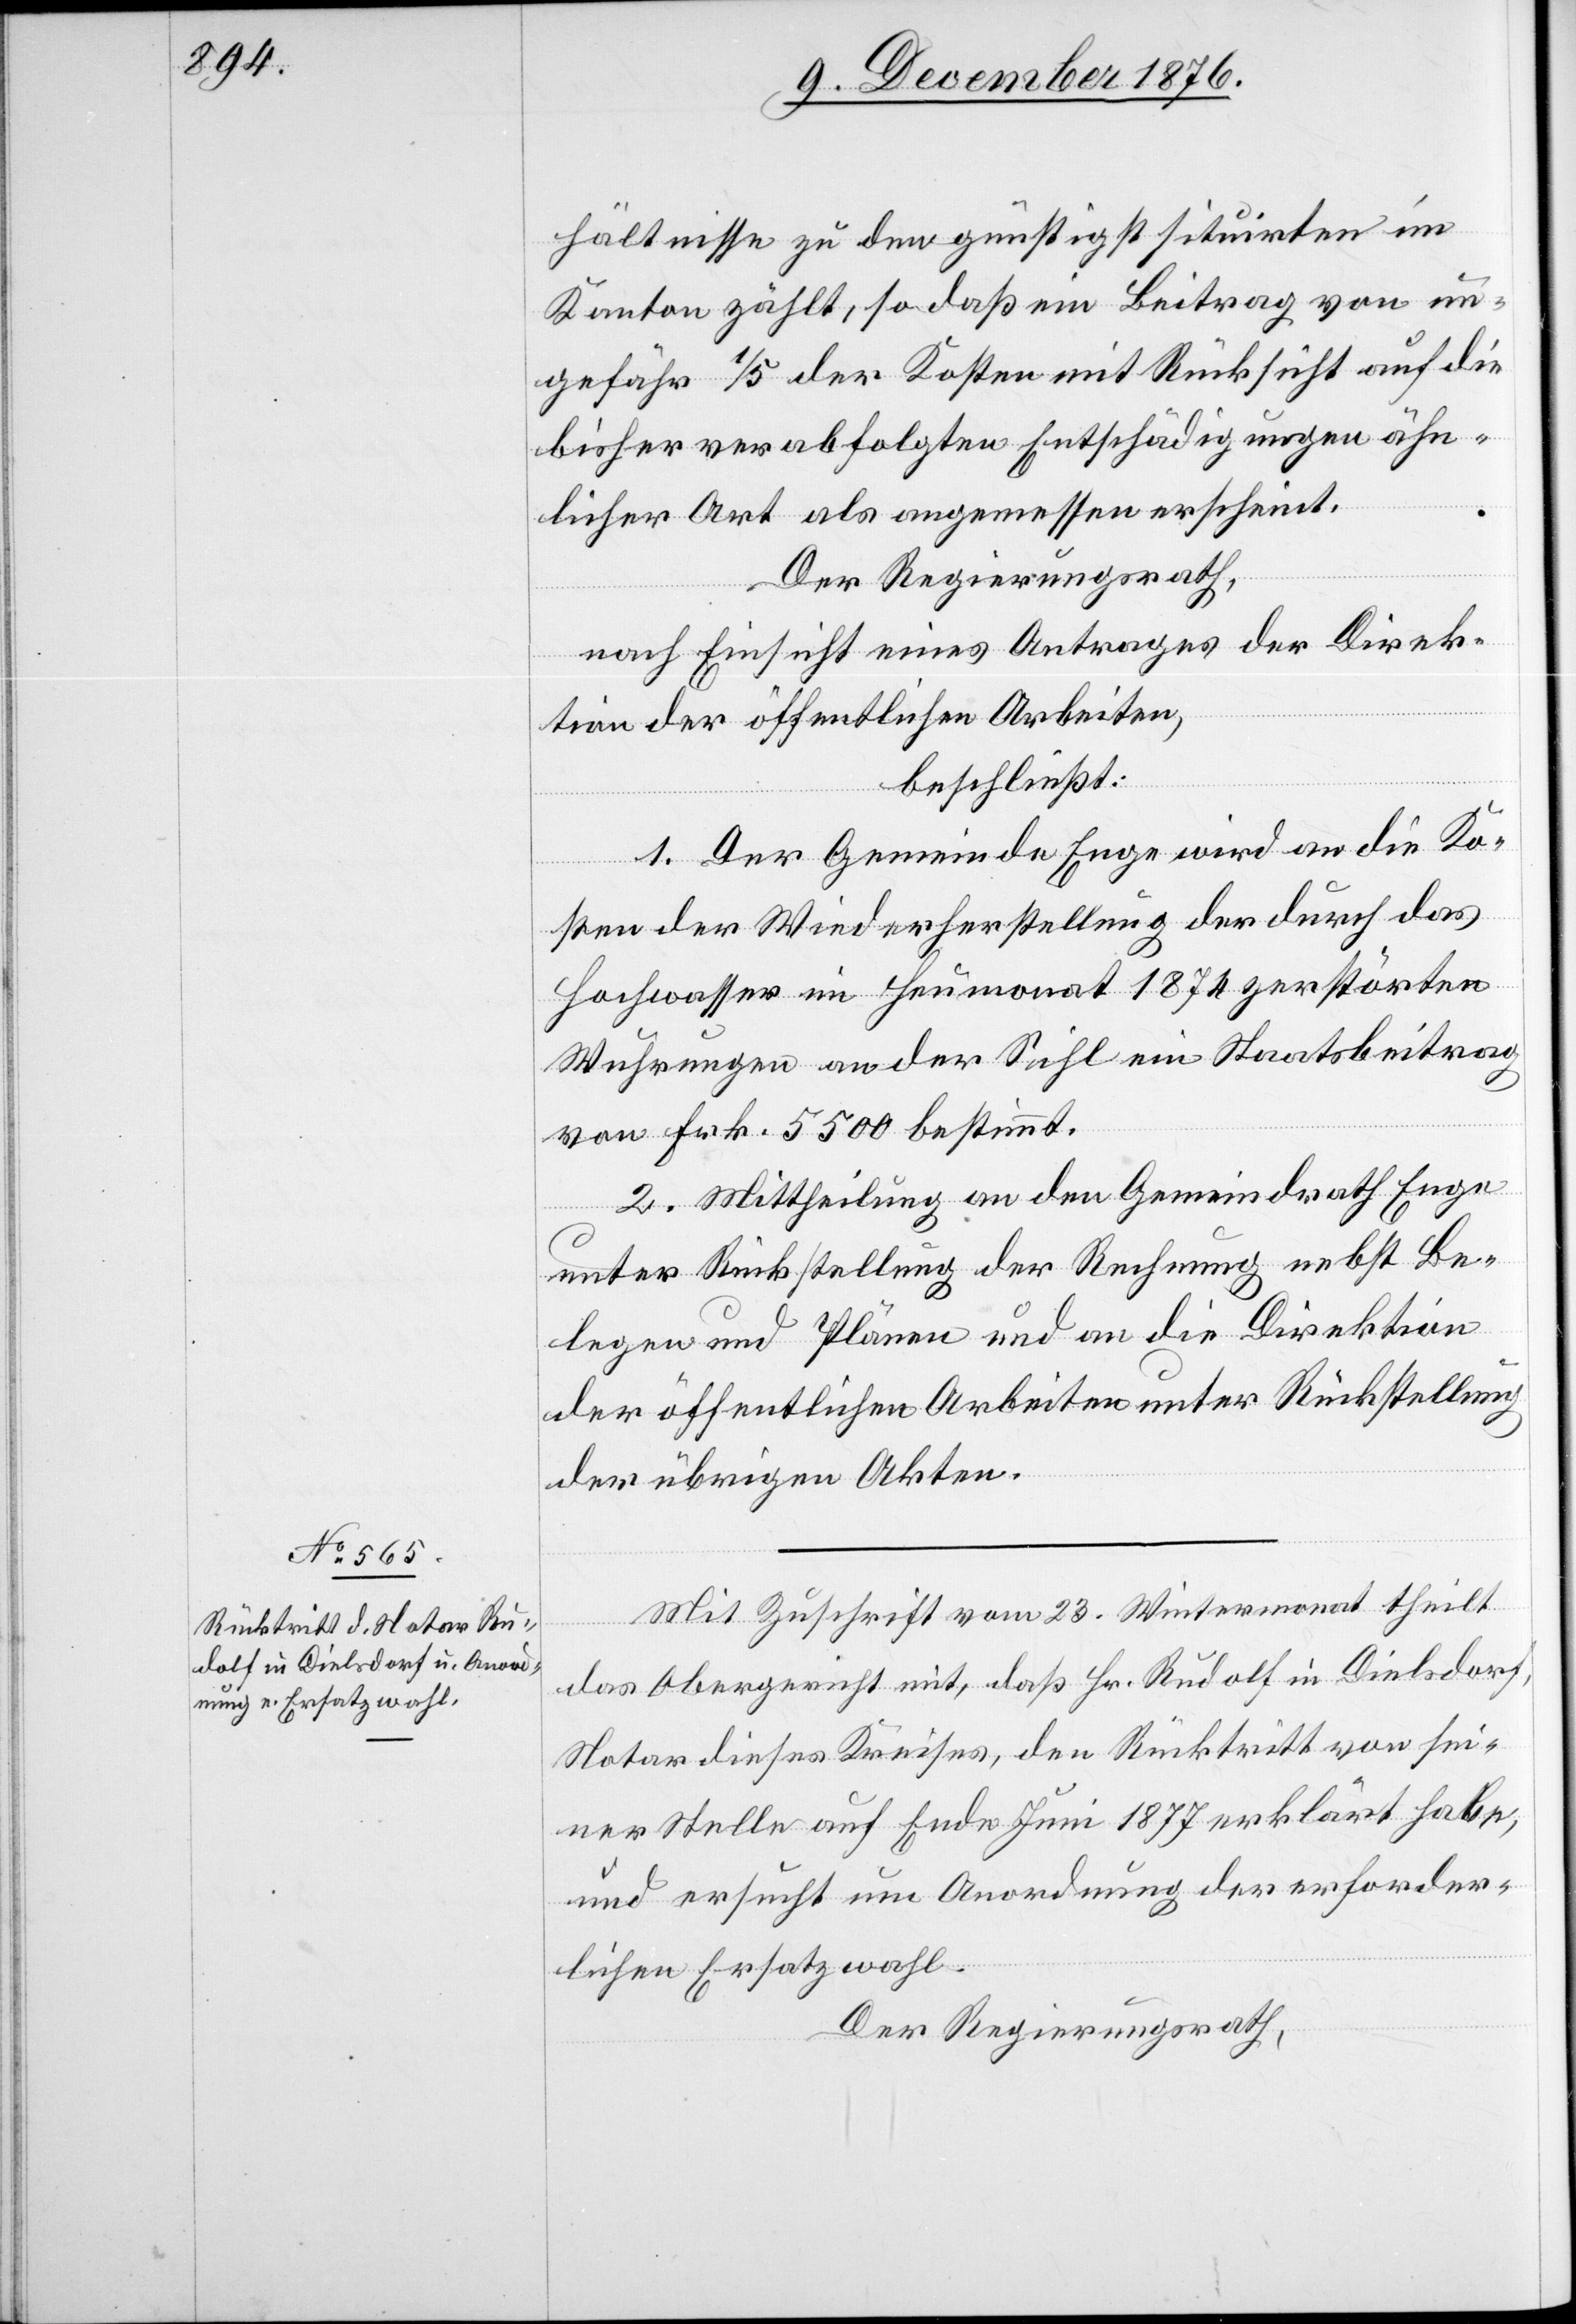
hältnisse zu den günstigst situirten im
Kanton zählt, so daß ein Beitrag von un¬
gefähr 1/5 der Kosten mit Rücksicht auf die
bisher verabfolgten Entschädigungen ähn¬
licher Art als angemessen erscheint.
Der Regierungsrath,
nach Einsicht eines Antrages der Direk¬
tion der öffentlichen Arbeiten,
beschließt:
1. Der Gemeinde Enge wird an die Ko¬
sten der Wiederherstellung der durch das
Hochwasser im Heumonat 1874 zerstörten
Wuhrungen an der Sihl ein Staatsbeitrag
von Frk. 5500 bestimmt.
2. Mittheilung an den Gemeindrath Enge
unter Rückstellung der Rechnung nebst Be¬
legen und Plänen und an die Direktion
der öffentlichen Arbeiten unter Rückstellung
der übrigen Akten.
Mit Zuschrift vom 23. Wintermonat theilt
das Obergericht mit, daß Hr. Rudolf in Dielsdorf,
Notar dieses Kreises, den Rücktritt von sei¬
ner Stelle auf Ende Juni 1877 erklärt habe,
und ersucht um Anordnung der erforder¬
lichen Ersatzwahl.
Der Regierungsrath,